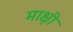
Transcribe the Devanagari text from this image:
माक्षी